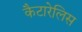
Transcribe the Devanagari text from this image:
कैटारेलिस